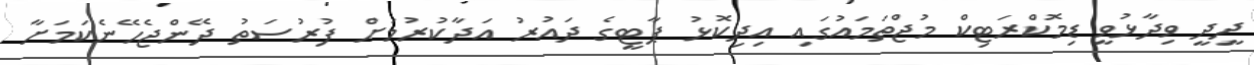
ދީދީ ވިދާޅުވީ ޑިމޮކްރަޓިކް މުޖްތަމައުގައި އިދިކޮޅު ޕާޓީގެ ދައުރު އަދާކުރުމަށް ފުރުސަތު ދޭންޖެހޭނެކަމަށާ